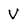
Character: V